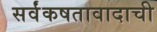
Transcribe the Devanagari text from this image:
सर्वंकषतावादाची